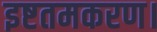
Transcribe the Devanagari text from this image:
इष्टतमकरण।